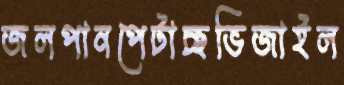
জলপানপেটাচ্ছভিজাইল